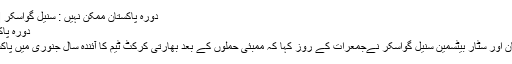
دورہ پاکستان ممکن نہیں : سنیل گواسکر | کھیل | DW | 11.12.2008
دورہ پاکستان ممکن نہیں : سنیل گواسکر
بھارتی کرکٹ ٹیم کے سابق کپتان اور سٹار بیٹسمین سنیل گواسکر نےجمعرات کے روز کہا کہ ممبئی حملوں‌ کے بعد بھارتی کرکٹ ٹیم کا آئندہ سال جنوری میں پاکستان کا دورہ ممکن ہی نہیں ہے۔